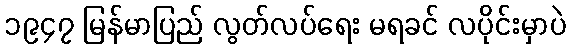
၁၉၄၇ မြန်မာပြည် လွတ်လပ်ရေး မရခင် လပိုင်းမှာပဲ